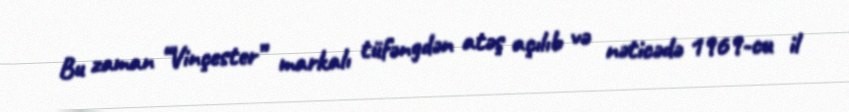
Bu zaman “Vinçester” markalı tüfəngdən atəş açılıb və nəticədə 1969-cu il